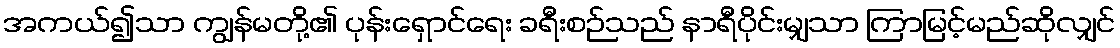
အကယ်၍သာ ကျွန်မတို့၏ ပုန်းရှောင်ရေး ခရီးစဉ်သည် နာရီပိုင်းမျှသာ ကြာမြင့်မည်ဆိုလျှင်